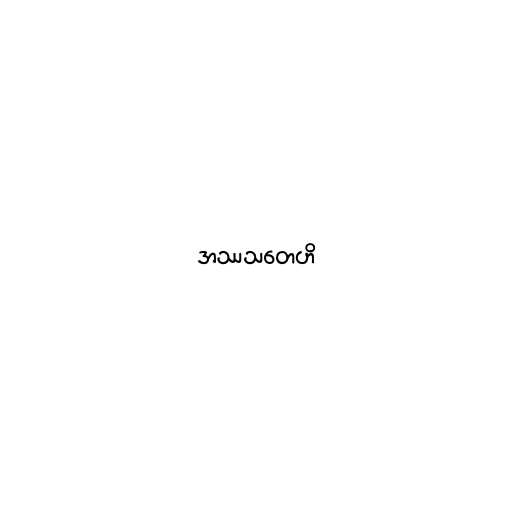
အဿသတေဟိ